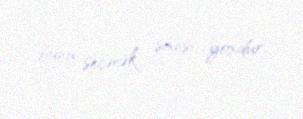
bunu seçmək şansı yoxdur.